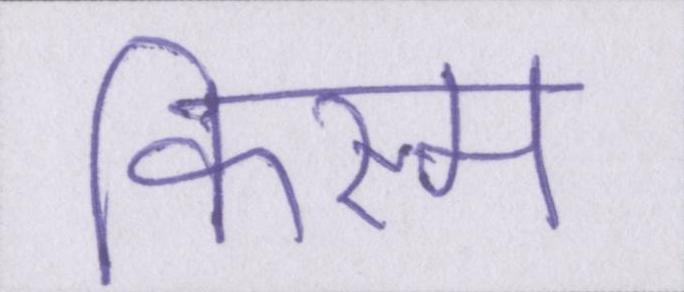
किस्म